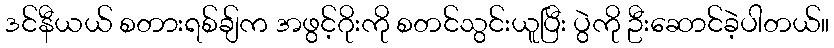
ဒင်နီယယ် စတားရစ်ချ်က အဖွင့်ဂိုးကို စတင်သွင်းယူပြီး ပွဲကို ဦးဆောင်ခဲ့ပါတယ်။